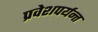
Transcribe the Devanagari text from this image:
प्रवेशपर्यन्त